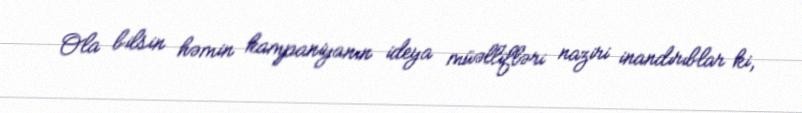
Ola bilsin həmin kampaniyanın ideya müəllifləri naziri inandırıblar ki,